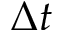
\Delta t